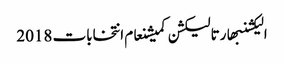
الیکشنبھارتالیکشن کمیشنعام انتخابات 2018